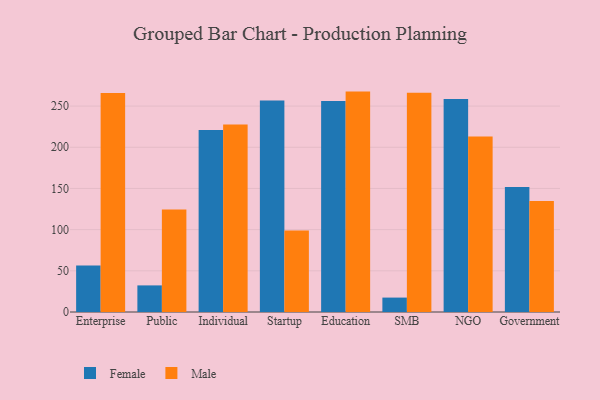
{"axis": {"x": "Segment", "y": "Headcount"}, "legend": ["Female", "Male"], "data": [{"x": "Enterprise", "y": 56.4, "type": "Female"}, {"x": "Enterprise", "y": 265.9, "type": "Male"}, {"x": "Public", "y": 32.3, "type": "Female"}, {"x": "Public", "y": 124.4, "type": "Male"}, {"x": "Individual", "y": 221.1, "type": "Female"}, {"x": "Individual", "y": 227.8, "type": "Male"}, {"x": "Startup", "y": 256.9, "type": "Female"}, {"x": "Startup", "y": 99.0, "type": "Male"}, {"x": "Education", "y": 256.2, "type": "Female"}, {"x": "Education", "y": 267.6, "type": "Male"}, {"x": "SMB", "y": 17.5, "type": "Female"}, {"x": "SMB", "y": 266.1, "type": "Male"}, {"x": "NGO", "y": 258.5, "type": "Female"}, {"x": "NGO", "y": 213.0, "type": "Male"}, {"x": "Government", "y": 151.7, "type": "Female"}, {"x": "Government", "y": 134.7, "type": "Male"}]}